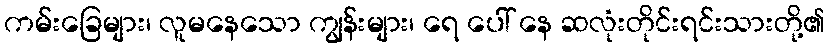
ကမ်းခြေများ၊ လူမနေသော ကျွန်းများ၊ ရေ ပေါ် နေ ဆလုံးတိုင်းရင်းသားတို့၏